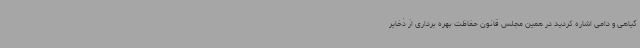
گیاهی و دامی اشاره کردید در همین مجلس قانون حفاظت بهره برداری از ذخایر